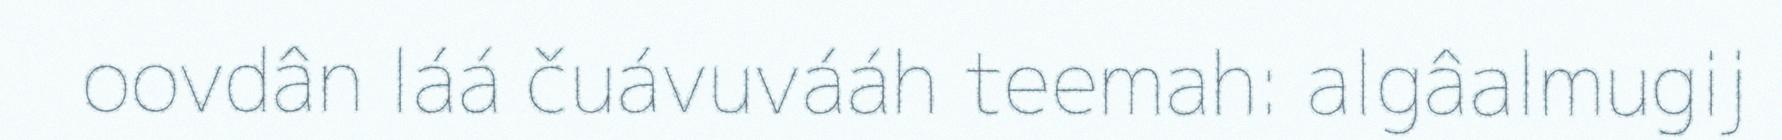
oovdân láá čuávuvááh teemah: algâalmugij